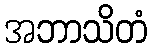
အဘာသိတံ